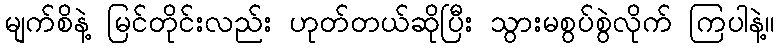
မျက်စိနဲ့ မြင်တိုင်းလည်း ဟုတ်တယ်ဆိုပြီး သွားမစွပ်စွဲလိုက် ကြပါနဲ့။